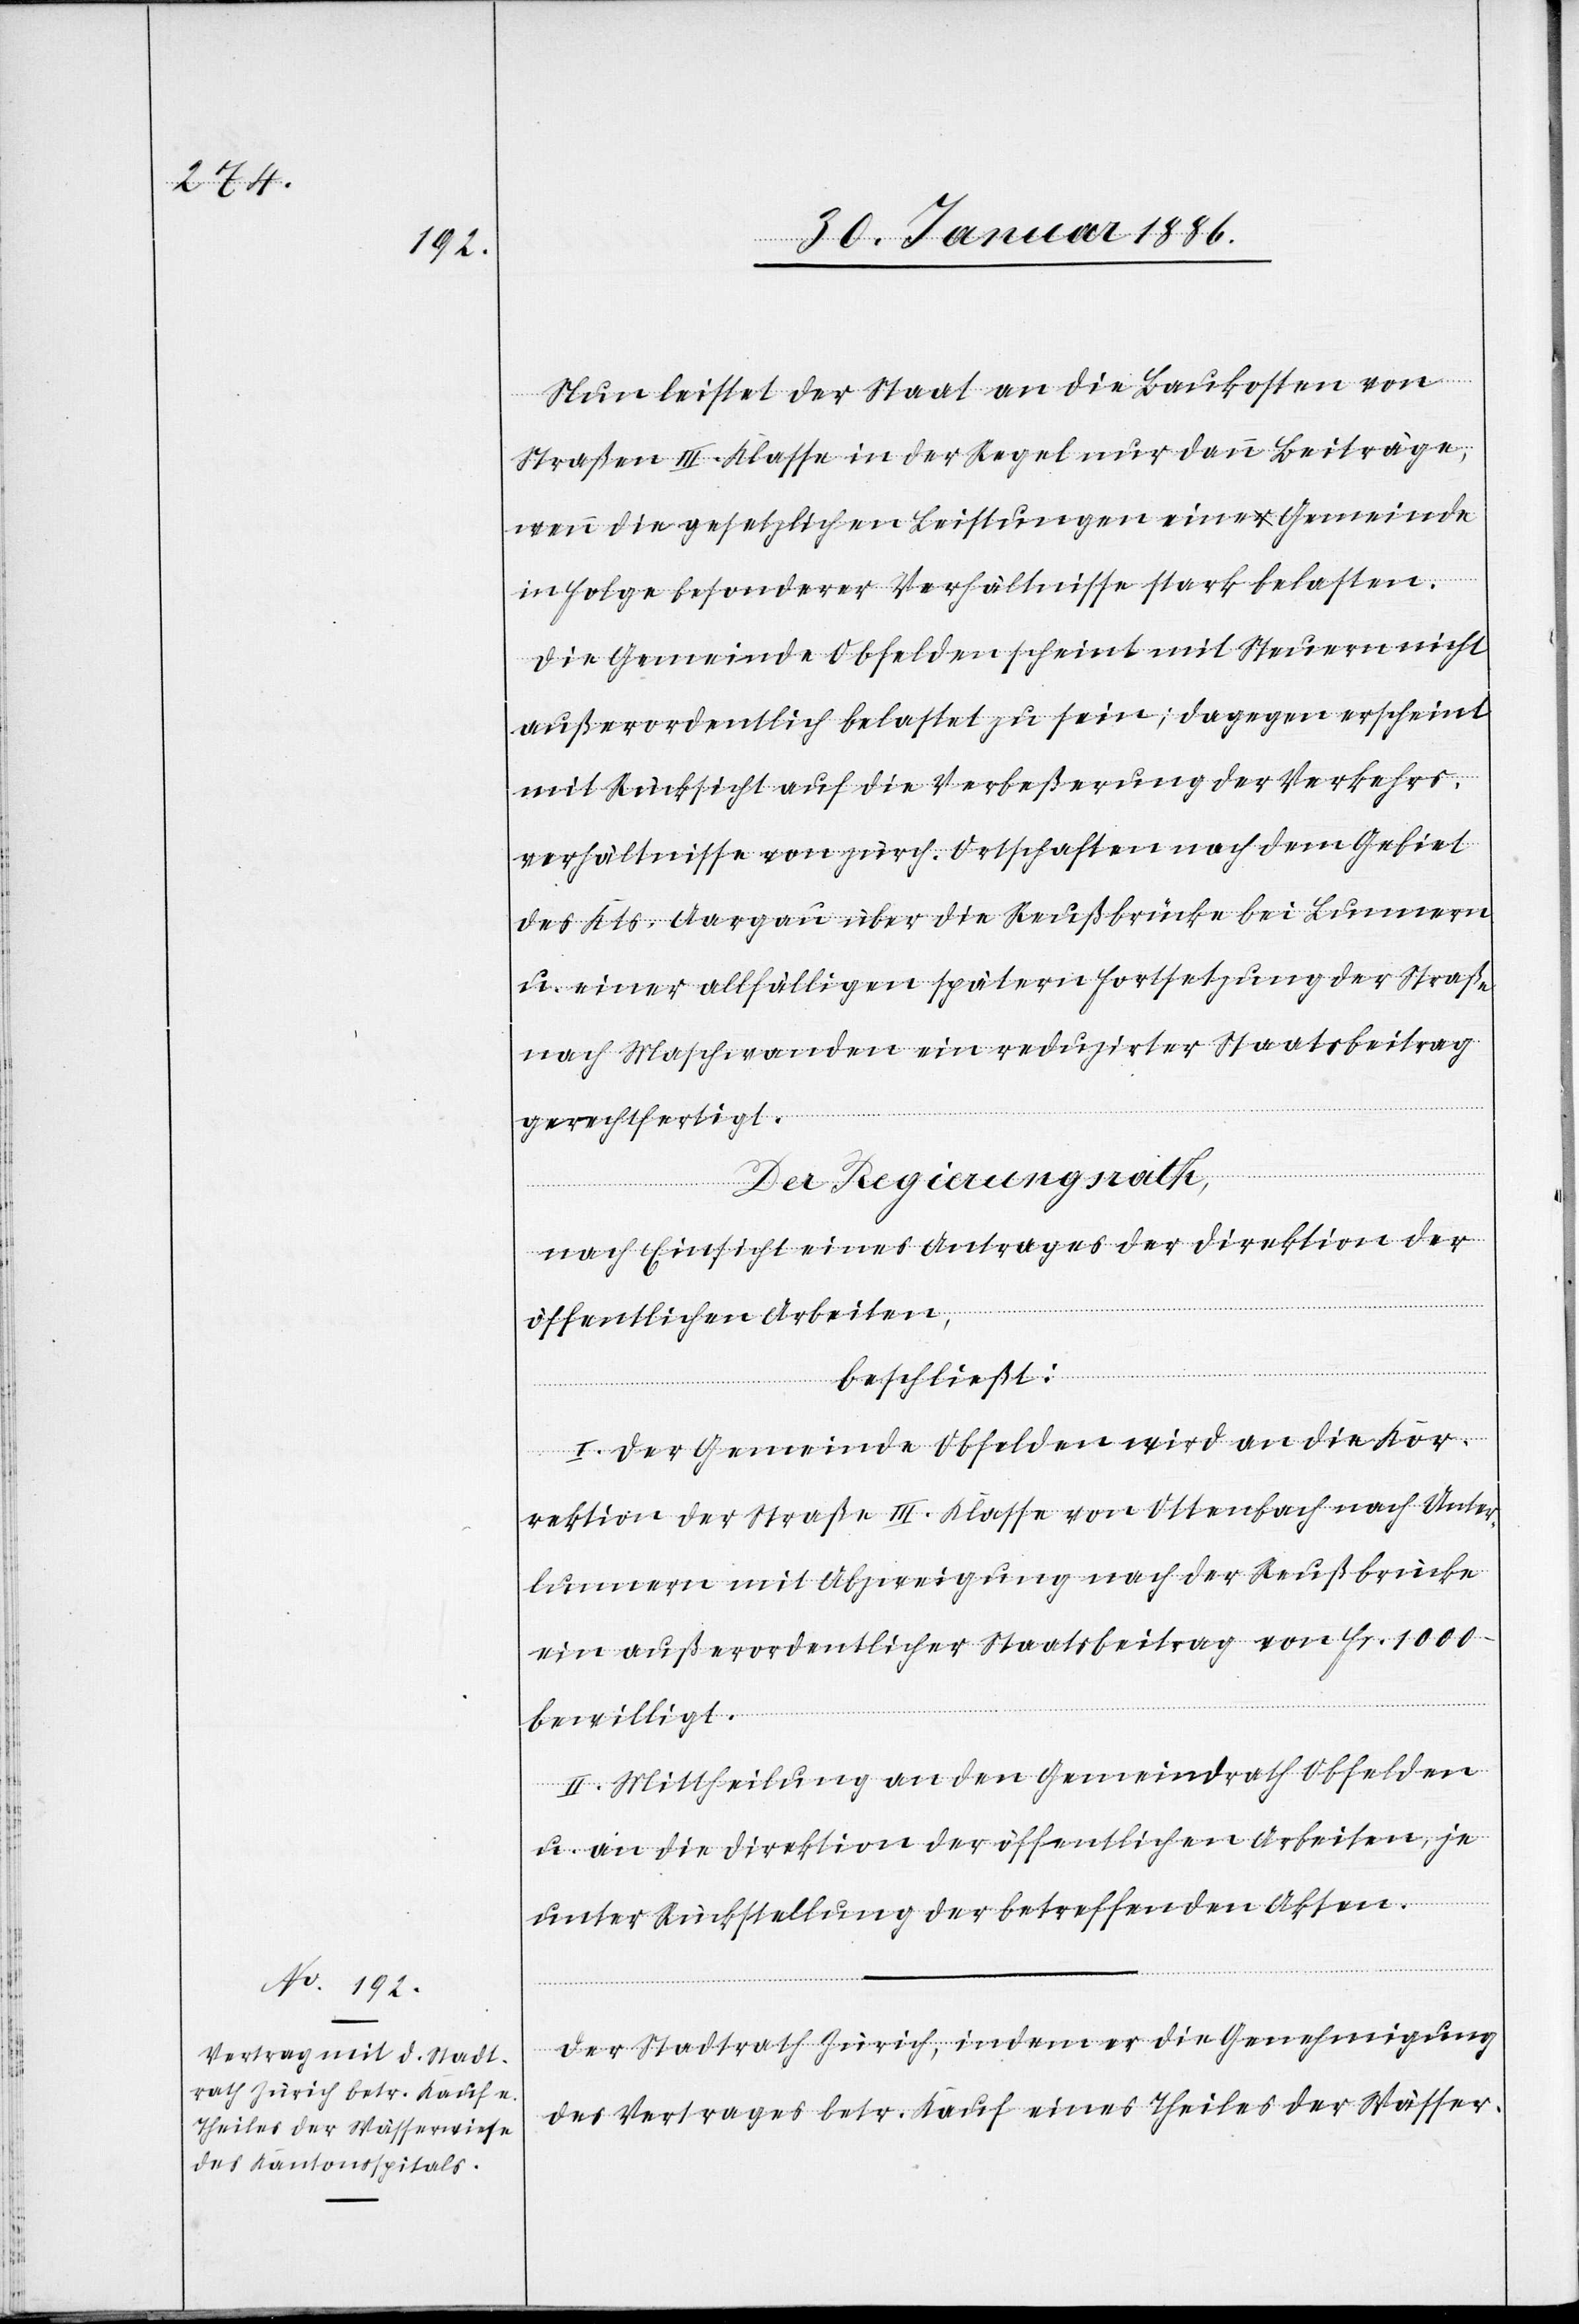
Nun leistet der Staat an die Baukosten von
Straßen III. Klasse in der Regel nur dann Beiträge,
wenn die gesetzlichen Leistungen eine Gemeinde
in Folge besonderer Verhältnisse stark belasten.
Die Gemeinde Obfelden scheint mit Steuern nicht
außerordentlich belastet zu sein; dagegen erscheint
mit Rücksicht auf die Verbeßerung der Verkehrs¬
verhältnisse von zürch. Ortschaften nach dem Gebiet
des Kts. Aargau über die Reußbrücke bei Lunnern
u. einer allfälligen spätern Fortsetzung der Straße
nach Maschwanden ein reduzierter Staatsbeitrag
gerechtfertigt.
Der Regierungsrath,
nach Einsicht eines Antrages der Direktion der
öffentlichen Arbeiten,
beschließt:
I. Der Gemeinde Obfelden wird an die Kor¬
rektion der Straße III. Klasse von Ottenbach nach Unter¬
lunnern mit Abzweigung nach der Reußbrücke
ein außerordentlicher Staatsbeitrag von Fr. 1000.–
bewilligt.
II. Mittheilung an den Gemeindrath Obfelden
u. an die Direktion der öffentlichen Arbeite, je
unter Rückstellung der betreffenden Akten.
Der Stadtrath Zürich, indem er die Genehmigung
des Vertrages betr. Kauf eines Theiles der Wässer-